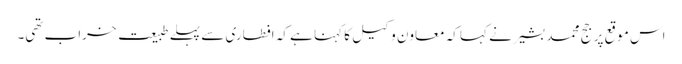
اس موقع پر جج محمد بشیر نے کہا کہ معاون وکیل کا کہنا ہے کہ افطاری سے پہلے طبیعت خراب تھی۔